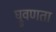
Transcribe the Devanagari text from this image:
घ्रुवणता